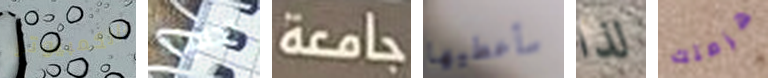
بالكمبيوتر تخفينه جامعة سأعطيها لذا هزمتك